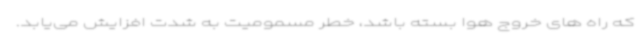
که راه های خروج هوا بسته باشد، خطر مسمومیت به شدت افزایش می‌یابد.